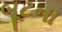
બૂટના